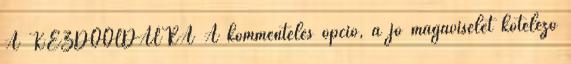
A KEZDŐOLDALRA A kommentelés opció, a jó magaviselet kötelező